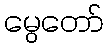
မွေတော်